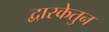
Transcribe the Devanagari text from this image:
द्वारकेतुन